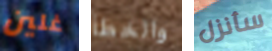
غلين والخطأ سأنزل